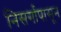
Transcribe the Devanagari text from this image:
निसर्गापासून